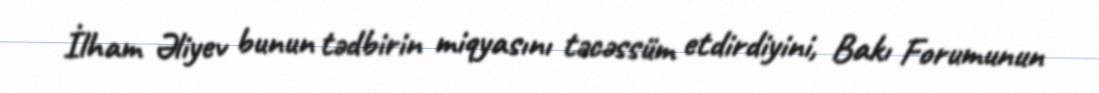
İlham Əliyev bunun tədbirin miqyasını təcəssüm etdirdiyini, Bakı Forumunun